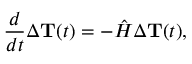
\frac { d } { d t } \Delta { { \bf T } } ( t ) = - { \hat { H } } \Delta { { \bf T } } ( t ) ,